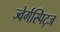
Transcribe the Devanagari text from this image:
ज्वेर्गस्पिट्ज